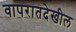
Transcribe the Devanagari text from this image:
वापरातदेखील